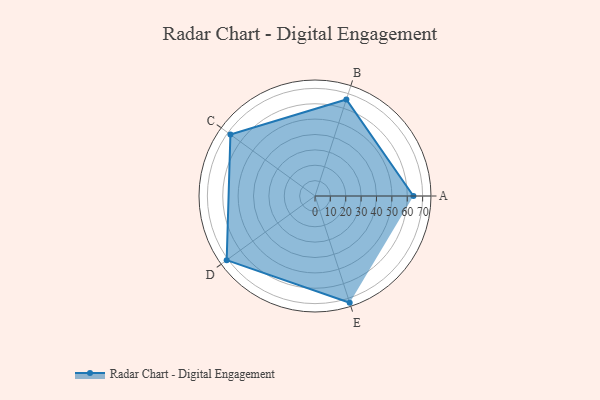
{"axis": {"x": "Skill", "y": "Score"}, "legend": ["Profile"], "data": [{"x": "A", "y": 64.0, "type": "Profile"}, {"x": "B", "y": 66.0, "type": "Profile"}, {"x": "C", "y": 68.0, "type": "Profile"}, {"x": "D", "y": 71.0, "type": "Profile"}, {"x": "E", "y": 73.0, "type": "Profile"}]}